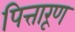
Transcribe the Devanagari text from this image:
पित्तारूण